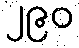
၂၉၀